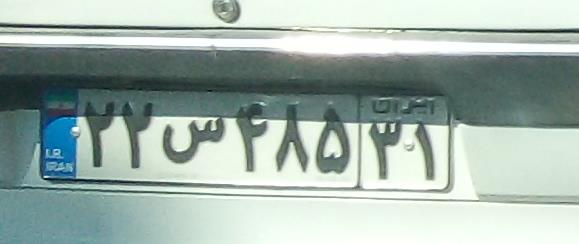
۲۲س۴۸۵۳۱